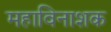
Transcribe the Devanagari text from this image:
महाविनाशक